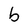
Character: b